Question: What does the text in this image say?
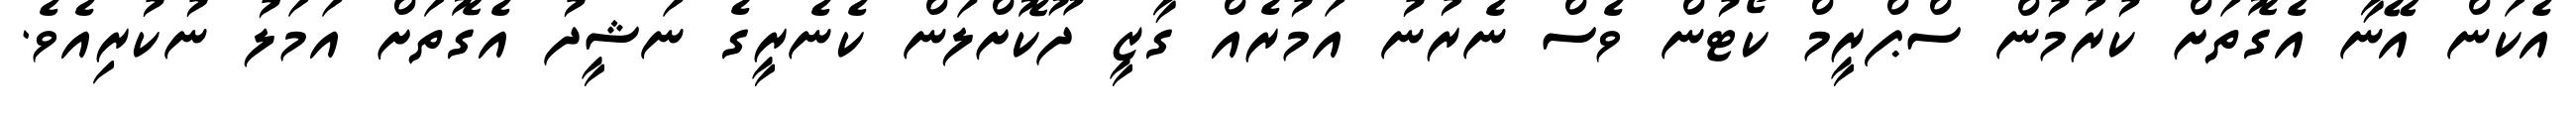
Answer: އެކަން އޭނާ އެގޮތަށް ކުރުމުން ސްޕްރީމް ކޯޓުން ވެސް ނެރުނު އަމުރެއް ގާޒީ ދޫކޮށްލަން ކެނެރީގެ ނަޝީދު އެގޮތަށް އަމަލު ނުކުރިއެވެ.